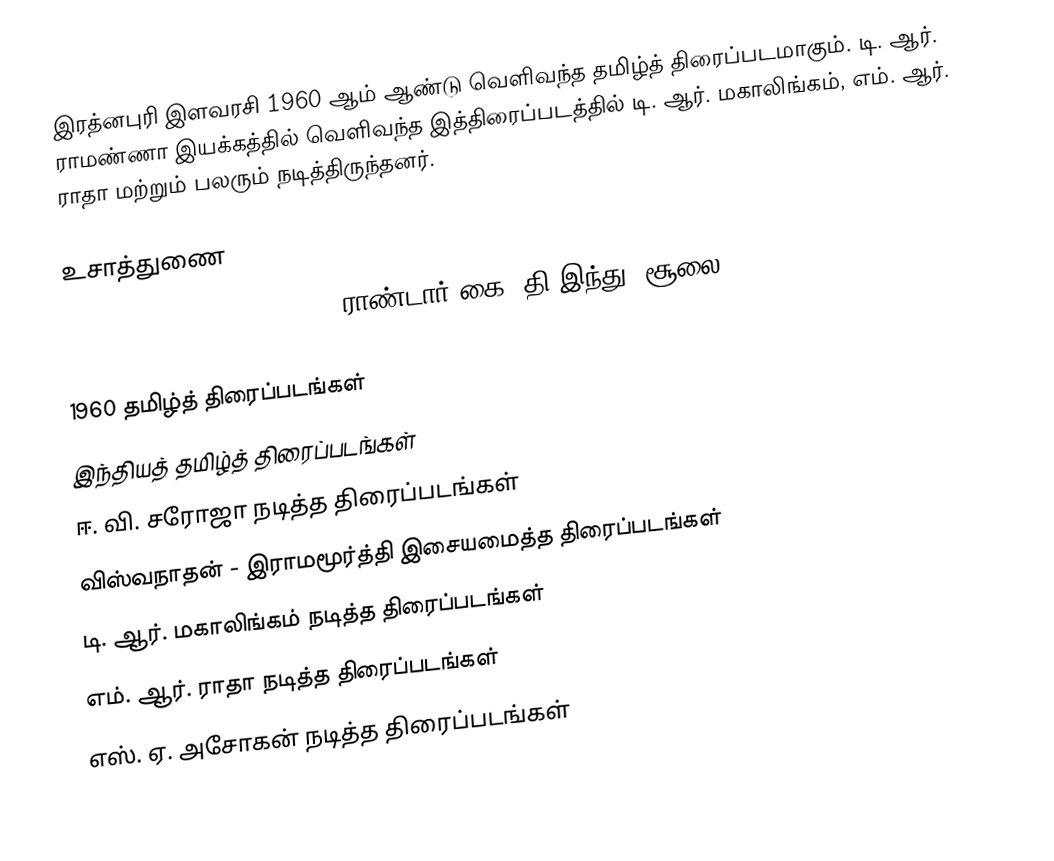
இரத்னபுரி இளவரசி 1960 ஆம் ஆண்டு வெளிவந்த தமிழ்த் திரைப்படமாகும். டி. ஆர். ராமண்ணா இயக்கத்தில் வெளிவந்த இத்திரைப்படத்தில் டி. ஆர். மகாலிங்கம், எம். ஆர். ராதா மற்றும் பலரும் நடித்திருந்தனர்.

உசாத்துணை
 Ratnapuri Ilavarasi (1960), ராண்டார் கை, தி இந்து, சூலை 19, 2014

1960 தமிழ்த் திரைப்படங்கள்
இந்தியத் தமிழ்த் திரைப்படங்கள்
ஈ. வி. சரோஜா நடித்த திரைப்படங்கள்
விஸ்வநாதன் - இராமமூர்த்தி இசையமைத்த திரைப்படங்கள்
டி. ஆர். மகாலிங்கம் நடித்த திரைப்படங்கள்
எம். ஆர். ராதா நடித்த திரைப்படங்கள்
எஸ். ஏ. அசோகன் நடித்த திரைப்படங்கள்